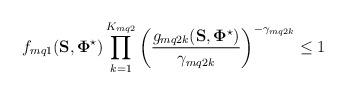
LaTeX: \begin{align*}f_{mq1}(\mathbf{S},\mathbf{\Phi}^{\star}) \prod_{k=1}^{K_{mq2}}\left(\frac{g_{mq2k}(\mathbf{S},\mathbf{\Phi}^{\star})}{\gamma_{mq2k}}\right)^{-\gamma_{mq2k}}\leq 1\end{align*}